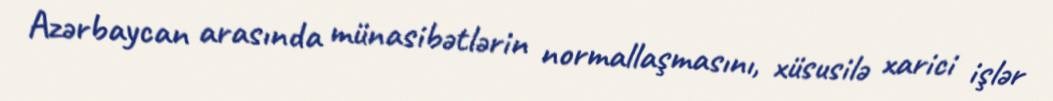
Azərbaycan arasında münasibətlərin normallaşmasını, xüsusilə xarici işlər